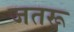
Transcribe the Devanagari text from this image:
जतरू